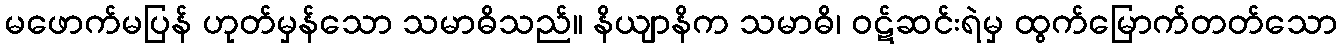
မဖောက်မပြန် ဟုတ်မှန်သော သမာဓိသည်။ နိယျာနိက သမာဓိ၊ ဝဋ်ဆင်းရဲမှ ထွက်မြောက်တတ်သော